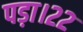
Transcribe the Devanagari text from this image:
पड़ा।२२